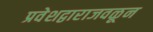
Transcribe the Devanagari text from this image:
प्रवेशद्वाराजवळून